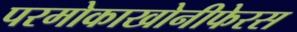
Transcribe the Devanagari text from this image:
परमोकाखोनीफेरस